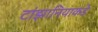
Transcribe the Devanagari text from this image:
टांझानियाकडे